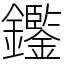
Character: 𨯿